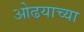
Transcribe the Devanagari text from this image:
ओढयाच्या